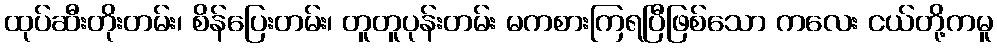
ထုပ်ဆီးတိုးတမ်း၊ စိန်ပြေးတမ်း၊ တူတူပုန်းတမ်း မကစားကြရပြီဖြစ်သော ကလေး ငယ်တို့ကမူ